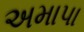
અમાપા